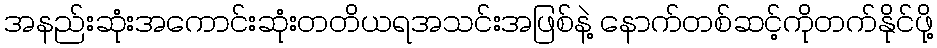
အနည်းဆုံးအကောင်းဆုံးတတိယရအသင်းအဖြစ်နဲ့ နောက်တစ်ဆင့်ကိုတက်နိုင်ဖို့